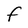
Character: F